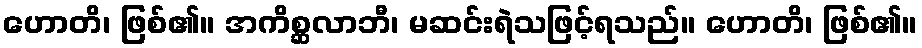
ဟောတိ၊ ဖြစ်၏။ အကိစ္ဆလာဘီ၊ မဆင်းရဲသဖြင့်ရသည်။ ဟောတိ၊ ဖြစ်၏။